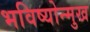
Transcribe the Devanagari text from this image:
भविष्योन्मुख